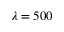
\lambda = 5 0 0